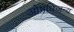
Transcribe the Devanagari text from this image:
ओषधिजन्य